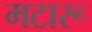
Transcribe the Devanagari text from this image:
मटारू